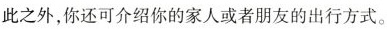
此之外，你还可介绍你的家人或者朋友的出行方式。